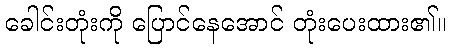
ခေါင်းတုံးကို ပြောင်နေအောင် တုံးပေးထား၏။